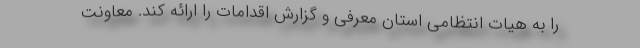
را به هیات انتظامی استان معرفی و گزارش اقدامات را ارائه کند. معاونت